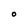
Character: O